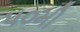
૫૦મી